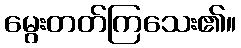
မွေးတတ်ကြသေး၏။